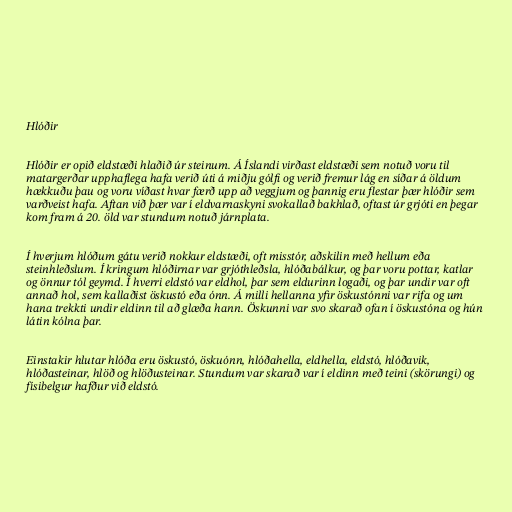
Hlóðir

Hlóðir er opið eldstæði hlaðið úr steinum. Á Íslandi virðast eldstæði sem notuð voru til
matargerðar upphaflega hafa verið úti á miðju gólfi og verið fremur lág en síðar á öldum
hækkuðu þau og voru víðast hvar færð upp að veggjum og þannig eru flestar þær hlóðir sem
varðveist hafa. Aftan við þær var í eldvarnaskyni svokallað bakhlað, oftast úr grjóti en þegar
kom fram á 20. öld var stundum notuð járnplata.

Í hverjum hlóðum gátu verið nokkur eldstæði, oft misstór, aðskilin með hellum eða
steinhleðslum. Í kringum hlóðirnar var grjóthleðsla, hlóðabálkur, og þar voru pottar, katlar
og önnur tól geymd. Í hverri eldstó var eldhol, þar sem eldurinn logaði, og þar undir var oft
annað hol, sem kallaðist öskustó eða ónn. Á milli hellanna yfir öskustónni var rifa og um
hana trekkti undir eldinn til að glæða hann. Öskunni var svo skarað ofan í öskustóna og hún
látin kólna þar.

Einstakir hlutar hlóða eru öskustó, öskuónn, hlóðahella, eldhella, eldstó, hlóðavik,
hlóðasteinar, hlöð og hlöðusteinar. Stundum var skarað var í eldinn með teini (skörungi) og
físibelgur hafður við eldstó.